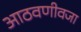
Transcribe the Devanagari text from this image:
आठवणीवजा